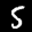
Label: 5